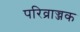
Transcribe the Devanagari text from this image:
परिव्राज्जक